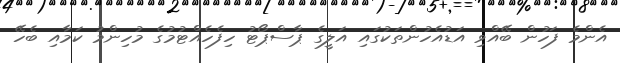
އެންމެ ފަހުން ބޭއްވި އަޑުއެހުންތަކުގައި އަލީގެ ޕާސްޕޯޓު ހިފެހެއްޓުމުގެ މުހިންމު ކަމާއި ބެހޭ